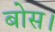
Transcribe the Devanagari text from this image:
बोस।